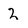
Character: 2